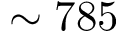
\sim 7 8 5